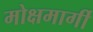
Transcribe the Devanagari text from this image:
मोक्षमार्गी